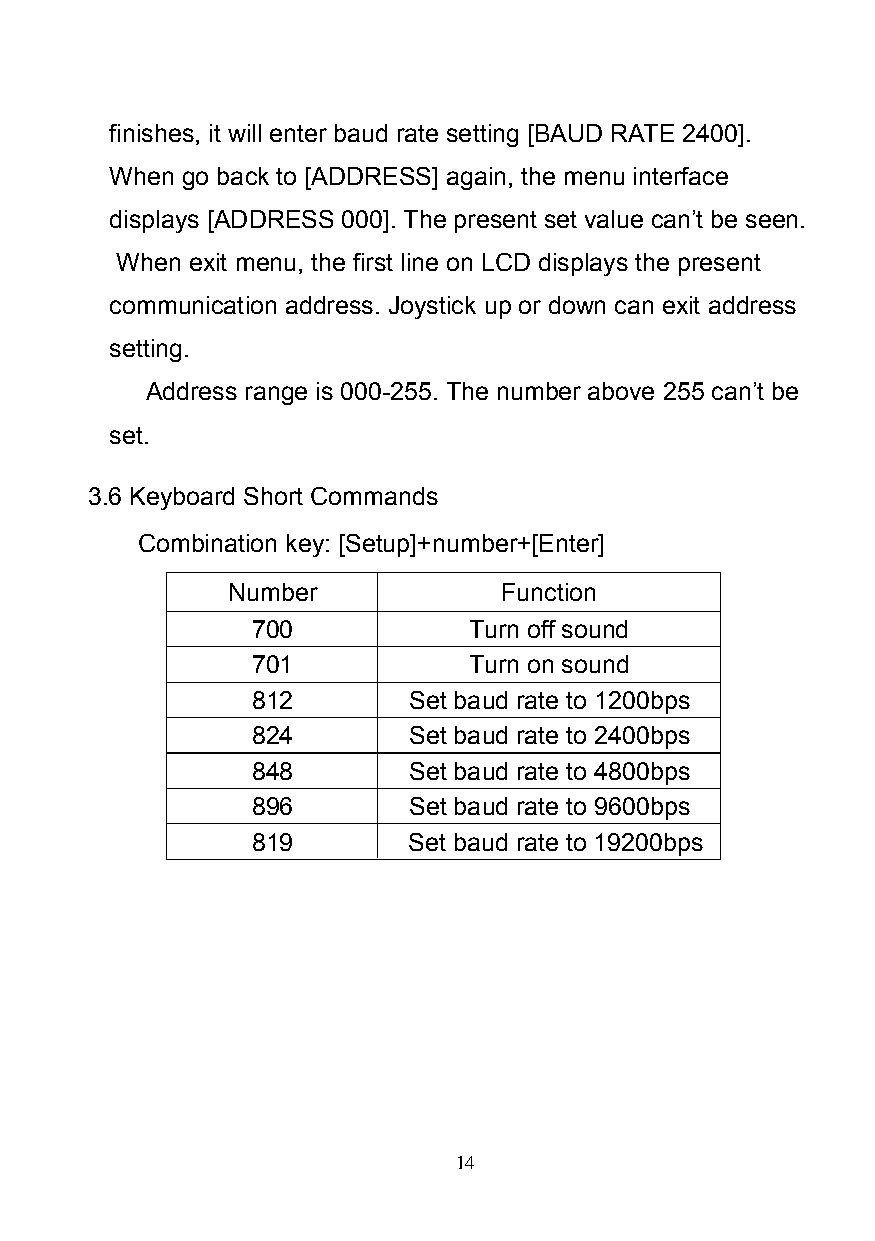
finishes, it will enter baud rate setting [BAUD RATE 2400].
 When go back to [ADDRESS] again, the menu interface
 displays [ADDRESS 000]. The present set value can’t be seen.
 When exit menu, the first line on LCD displays the present
 communication address. Joystick up or down can exit address
 setting.
 Address range is 000-255. The number above 255 can’t be
 set.
 3.6 Keyboard Short Commands
 Combination key: [Setup]+number+[Enter]
 Number            Function
 700           Turn off sound
 701           Turn on sound
 812       Set baud rate to 1200bps
 824       Set baud rate to 2400bps
 848       Set baud rate to 4800bps
 896       Set baud rate to 9600bps
 819       Set baud rate to 19200bps
 14